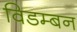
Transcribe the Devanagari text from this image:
विडम्बन